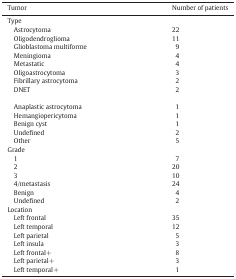
<table><thead><tr><td><b>Tumor</b></td><td><b>Number of patients</b></td></tr></thead><tbody><tr><td>Type</td><td></td></tr><tr><td> Astrocytoma</td><td>22</td></tr><tr><td> Oligodendroglioma</td><td>11</td></tr><tr><td> Glioblastoma multiforme</td><td>9</td></tr><tr><td> Meningioma</td><td>4</td></tr><tr><td> Metastatic</td><td>4</td></tr><tr><td> Oligoastrocytoma</td><td>3</td></tr><tr><td> Fibrillary astrocytoma</td><td>2</td></tr><tr><td> DNET</td><td>2</td></tr><tr><td> Anaplastic astrocytoma</td><td>1</td></tr><tr><td> Hemangiopericytoma</td><td>1</td></tr><tr><td> Benign cyst</td><td>1</td></tr><tr><td> Undefined</td><td>2</td></tr><tr><td> Other</td><td>5</td></tr><tr><td>Grade</td><td></td></tr><tr><td> 1</td><td>7</td></tr><tr><td> 2</td><td>20</td></tr><tr><td> 3</td><td>10</td></tr><tr><td> 4/metastasis</td><td>24</td></tr><tr><td> Benign</td><td>4</td></tr><tr><td> Undefined</td><td>2</td></tr><tr><td>Location</td><td></td></tr><tr><td> Left frontal</td><td>35</td></tr><tr><td> Left temporal</td><td>12</td></tr><tr><td> Left parietal</td><td>5</td></tr><tr><td> Left insula</td><td>3</td></tr><tr><td> Left frontal+</td><td>8</td></tr><tr><td> Left parietal+</td><td>3</td></tr><tr><td> Left temporal+</td><td>1</td></tr></tbody></table>